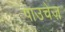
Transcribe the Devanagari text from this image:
पाउचेज़